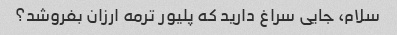
سلام، جایی سراغ دارید که پلیور ترمه ارزان بفروشد؟